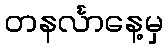
တနင်္လာနေ့မှ